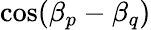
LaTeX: \cos(\beta_{p}-\beta_{q})